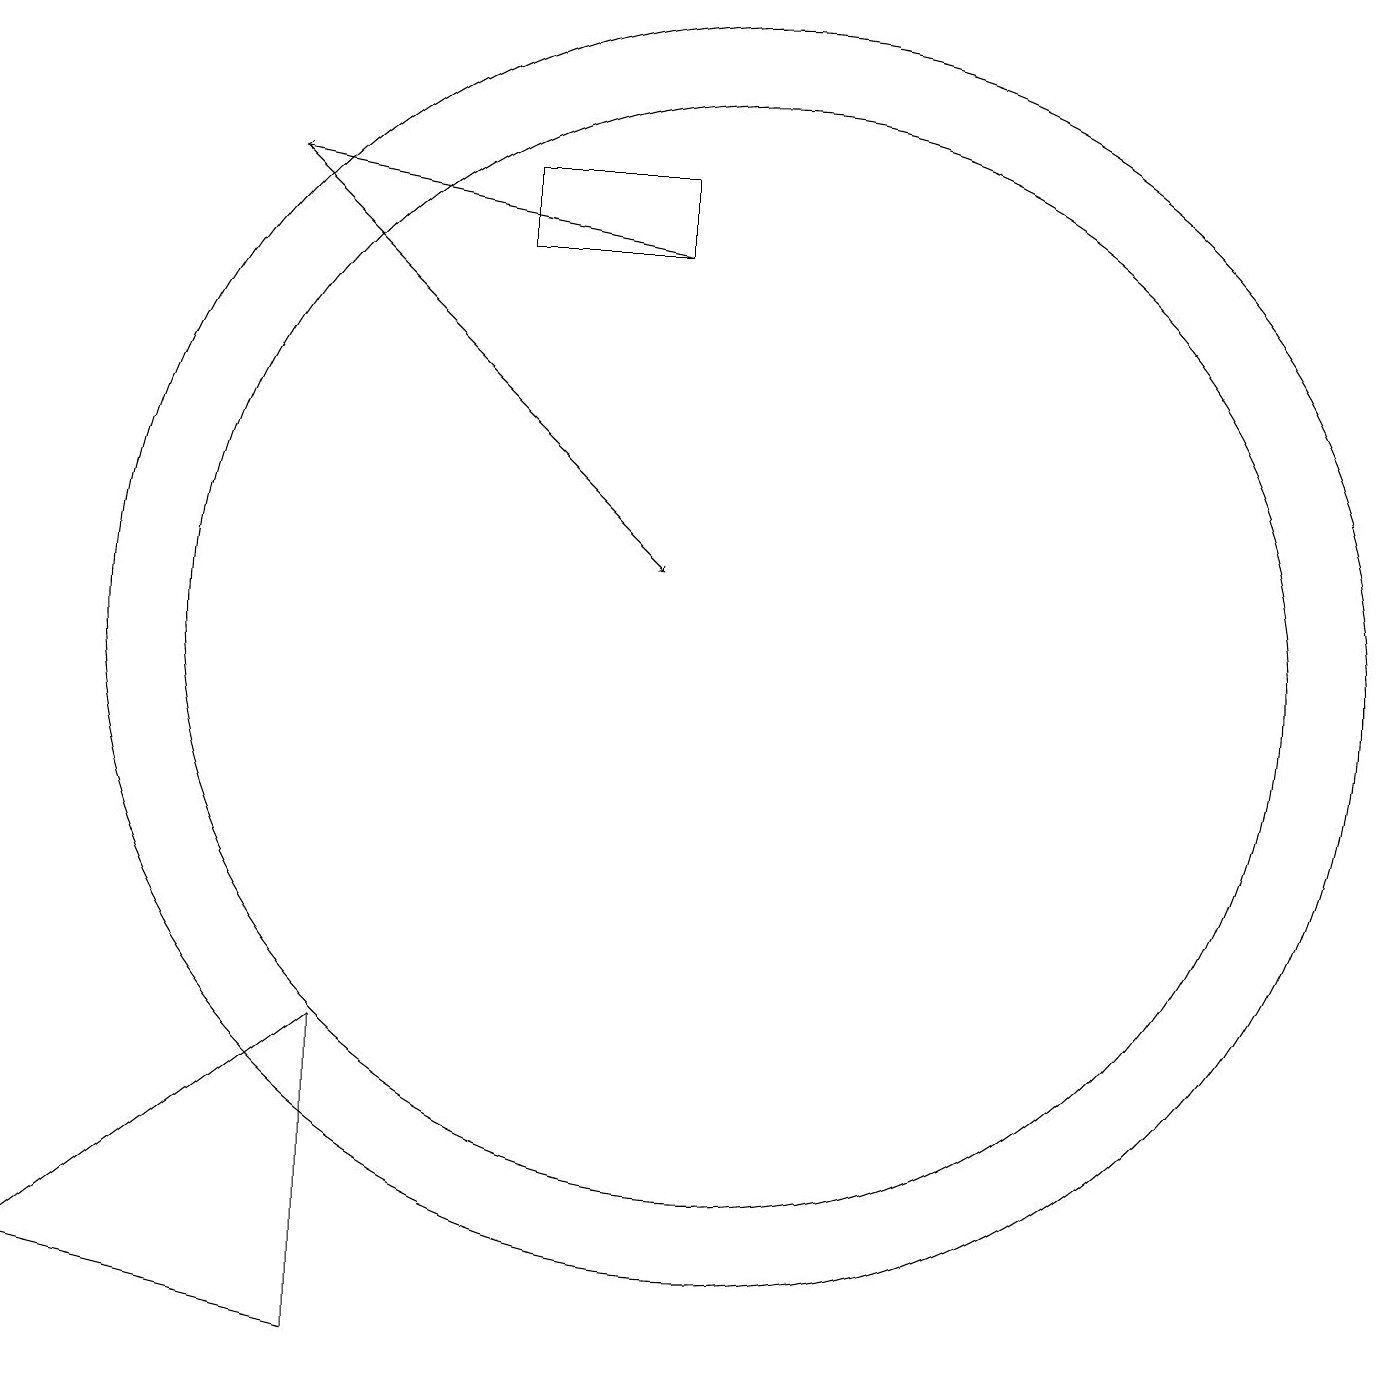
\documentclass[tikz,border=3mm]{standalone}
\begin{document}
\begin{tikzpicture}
\draw[->] (9,15) -- (4,16);
\draw (10,10) circle (7);
\draw (7,16) rectangle (9,15);
\draw[->] (4,16) -- (9,11);
\draw (5,1) -- (1,2) -- (5,5) -- cycle;
\draw (10,10) circle (8);
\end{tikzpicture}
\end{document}